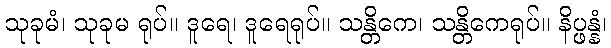
သုခုမံ၊ သုခုမ ရုပ်။ ဒူရေ၊ ဒူရေရုပ်။ သန္တိကေ၊ သန္တိကေရုပ်။ နိပ္ဖန္နံ၊